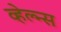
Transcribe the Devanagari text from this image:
व्हेल्न्स